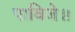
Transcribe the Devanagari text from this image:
पाविजे॥